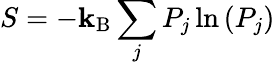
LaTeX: S=-\mathbf{k}_{\mathrm{{B}}}\sum_{j}P_{j}\ln\left(P_{j}\right)